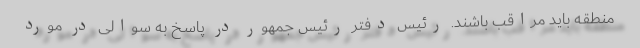
منطقه باید مراقب باشند. رئیس دفتر رئیس جمهور در پاسخ به سوالی در مورد